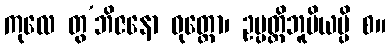
ကုလေ တွ’ဘိဇနော ဝုတ္တော၊ ဥပ္ပတ္တိဘူမိယမ္ပိ စ။